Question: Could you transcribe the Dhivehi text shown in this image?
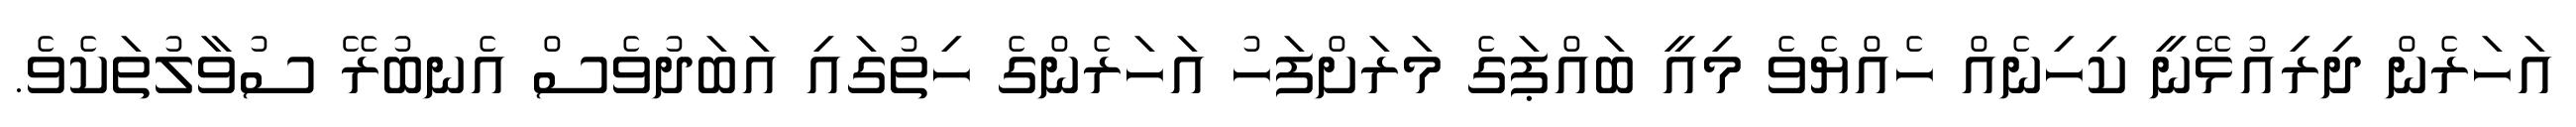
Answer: އަހަރެން ދިރިއުޅޭނީ ކިހިނެއް ހެއްޔެވެ މިއީ ބައްޕަގެ މަރަށްފަހު އަހަރެންގެ ހިތުގައި އަބަދުވެސް އެނބުރޭ ސުވާލުތަކެވެ.